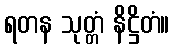
ရတန သုတ္တံ နိဋ္ဌိတံ။